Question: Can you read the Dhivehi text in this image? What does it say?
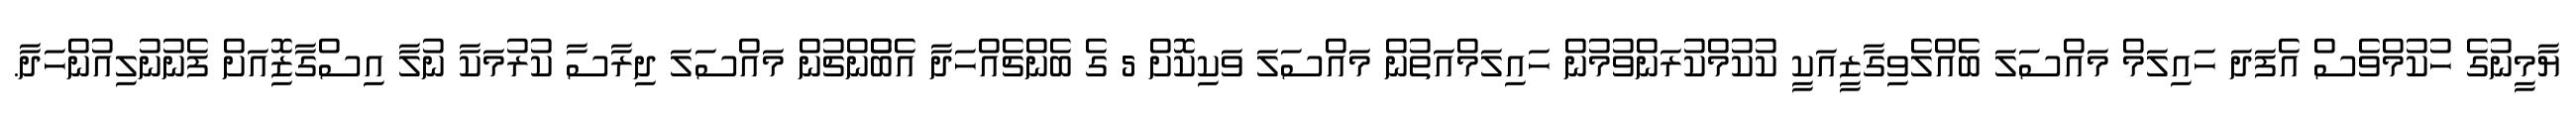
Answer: ޔާމީނުގެ ހުކުމްވެސް އެފަދަ ހައިލަމް މައްސަލަ ބެއްލެވިގާޒީއަކީ ކުކުމްކުރަންވުމުން ހައިލަމްއަތުން މައްސަލަ ވަކިކޮށް 5 ގެ ބެންޗެއްހަދާ އެބްެންޗުން މައްސަލަ ދިރާސާ ކުރުމަކާ ނުލާ އިސްގާޒޮިއަށް ފެނުނުލިއުންހަދާ.